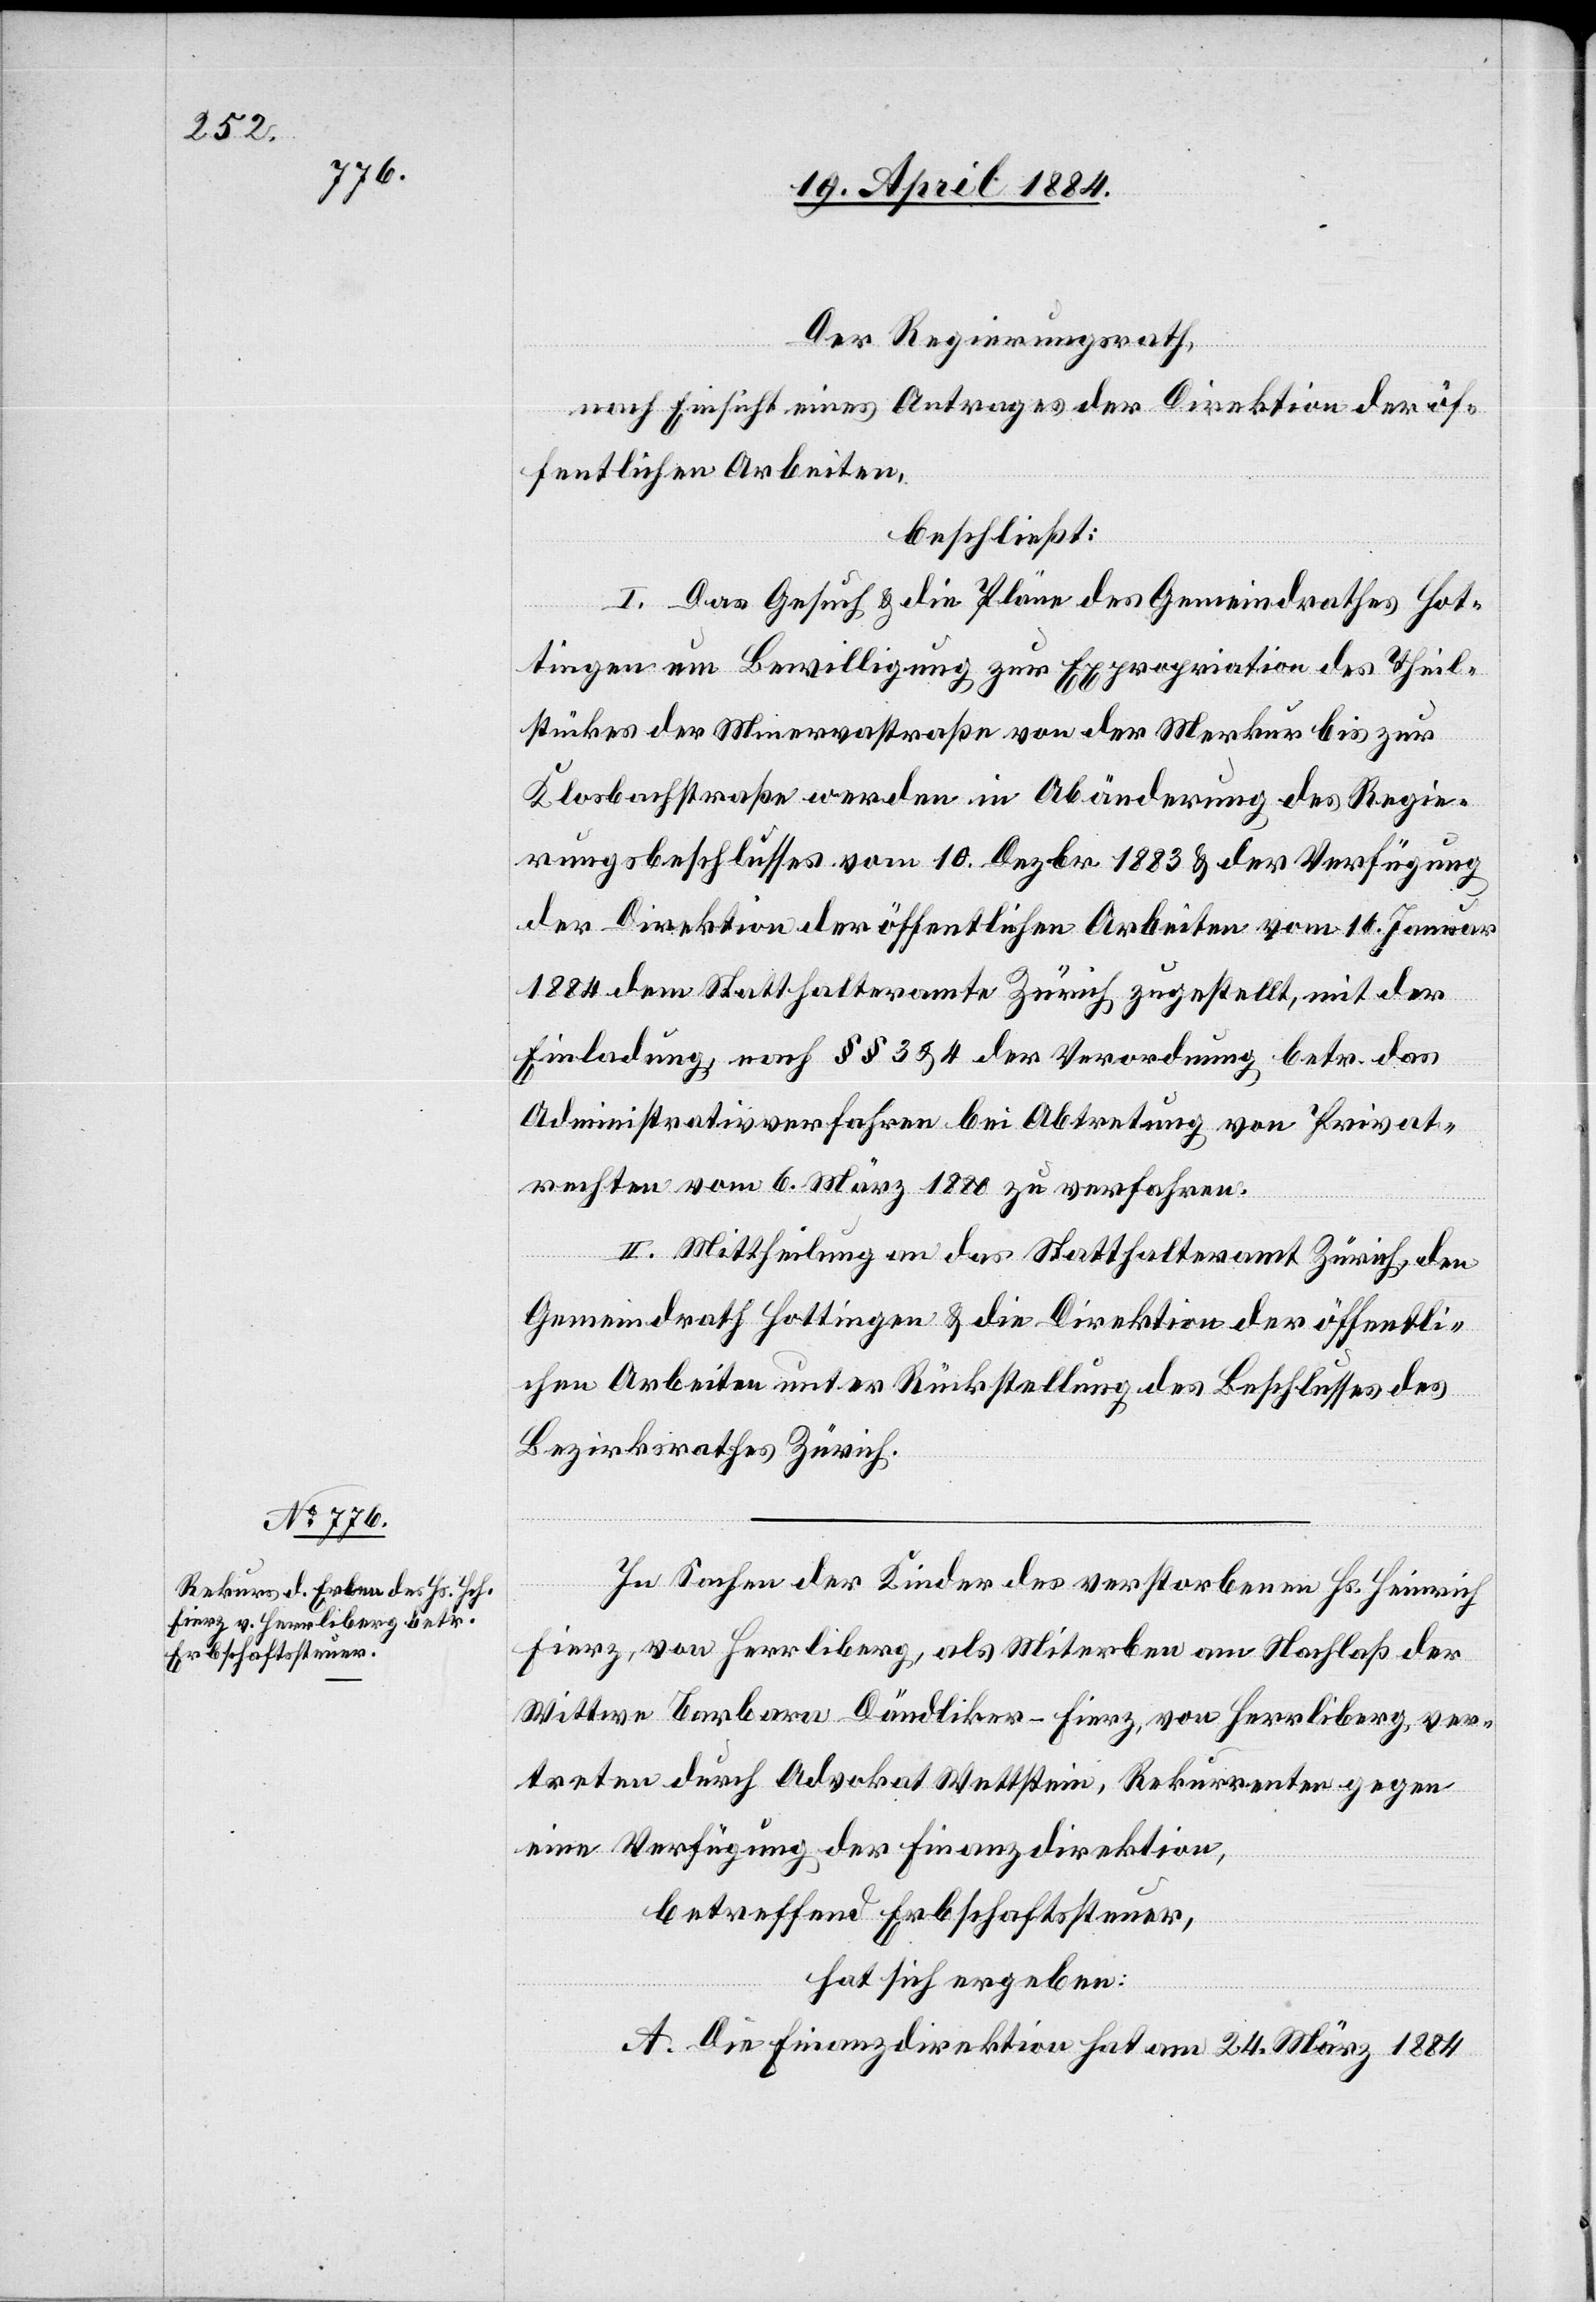
Der Regierungsrath,
nach Einsicht eines Antrages der Direktion der öf¬
fentlichen Arbeiten,
beschließt:
I. Das Gesuch & die Pläne des Gemeindrathes Hot¬
tingen um Bewilligung zur Expropriation des Theil¬
stückes der Minervastraße von der Merkur[-] bis zur
Klosbachstraße werden in Abänderung des Regie¬
rungsbeschlusses vom 10. Dezbr. 1883 & der Verfügung
der Direktion der öffentlichen Arbeiten vom 16. Januar
1884 dem Statthalteramte Zürich zugestellt, mit der
Einladung, nach §§ 3 & 4 der Verordnung betr. das
Administrativverfahren bei Abtretung von Privat¬
rechten vom 6. März 1880 zu verfahren.
II. Mittheilung an das Statthalteramt Zürich, den
Gemeindrath Hottingen & die Direktion der öffentli¬
chen Arbeiten unter Rückstellung des Beschlusses des
Bezirksrathes Zürich.
In Sachen der Kinder des verstorbenen Hs. Heinrich
Fierz, von Herrliberg, als Miterben am Nachlaß der
Wittwe Barbara Dändliker-Fierz, von Herrliberg, ver¬
treten durch Advokat Wettstein, Rekurrenten gegen
eine Verfügung der Finanzdirektion,
betreffend Erbschaftssteuer,
hat sich ergeben:
A. Die Finanzdirektion hat am 24. März 1884